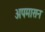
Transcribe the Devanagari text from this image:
अपमासन